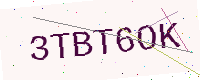
Text: 3TBT6OK